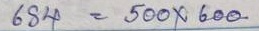
684 = 500 x 600